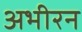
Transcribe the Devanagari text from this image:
अभीरन